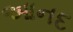
આનદ